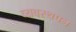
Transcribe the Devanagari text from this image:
व्यवस्थपन